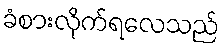
ခံစားလိုက်ရလေသည်